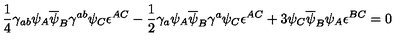
\frac { 1 } { 4 } \gamma _ { a b } \psi _ { A } \overline { { \psi } } _ { B } \gamma ^ { a b } \psi _ { C } \epsilon ^ { A C } - \frac { 1 } { 2 } \gamma _ { a } \psi _ { A } \overline { { \psi } } _ { B } \gamma ^ { a } \psi _ { C } \epsilon ^ { A C } + 3 \psi _ { C } \overline { { \psi } } _ { B } \psi _ { A } \epsilon ^ { B C } = 0